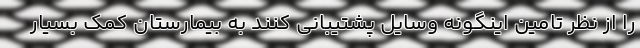
را از نظر تامین اینگونه وسایل پشتیبانی کنند به بیمارستان کمک بسیار